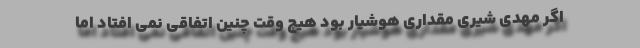
اگر مهدی شیری مقداری هوشیار بود هیچ وقت چنین اتفاقی نمی افتاد اما